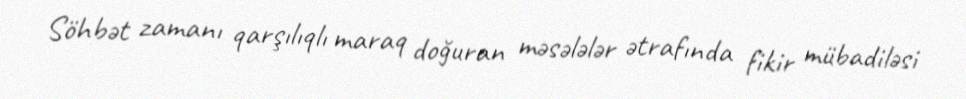
Söhbət zamanı qarşılıqlı maraq doğuran məsələlər ətrafında fikir mübadiləsi